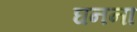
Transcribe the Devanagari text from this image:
घनना